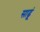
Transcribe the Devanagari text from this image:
साढूं